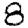
Digit: 8